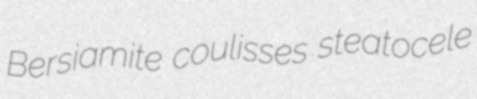
Bersiamite coulisses steatocele